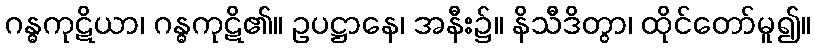
ဂန္ဓကုဋိယာ၊ ဂန္ဓကုဋိ၏။ ဥပဋ္ဌာနေ၊ အနီး၌။ နိသီဒိတွာ၊ ထိုင်တော်မူ၍။